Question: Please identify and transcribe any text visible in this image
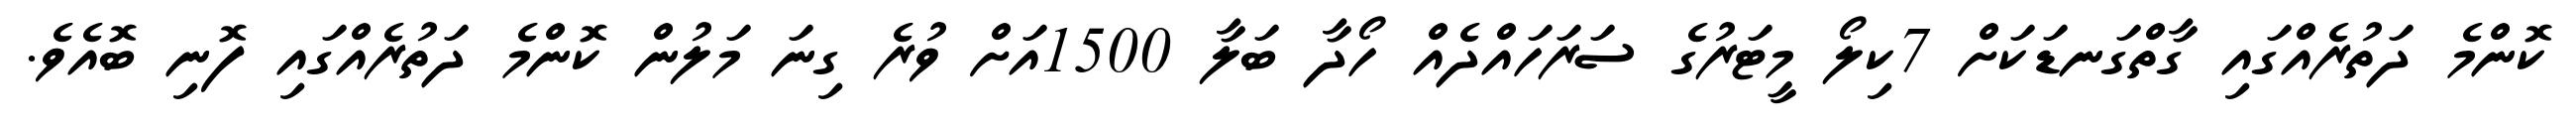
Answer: ކޮންމެ ދަތުރެއްގައި ގާތްގަނޑަކަށް 7ކިލޯ މީޓަރުގެ ސަރަހައްދެއް ހޯދާ ބަލާ 1500އަށް ވުރެ ގިނަ މަލުން ކޮންމެ ދަތުރެއްގައި ފޮނި ބޮއެވެ.